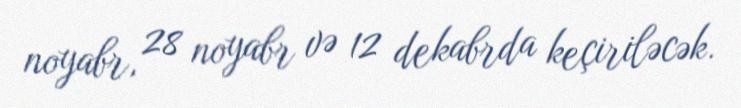
noyabr, 28 noyabr və 12 dekabrda keçiriləcək.